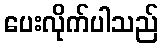
ပေးလိုက်ပါသည်